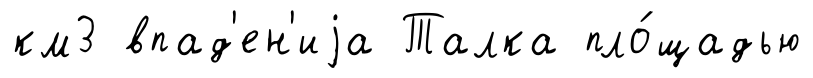
км3 впад'ен'иjа Талка пло́щадью